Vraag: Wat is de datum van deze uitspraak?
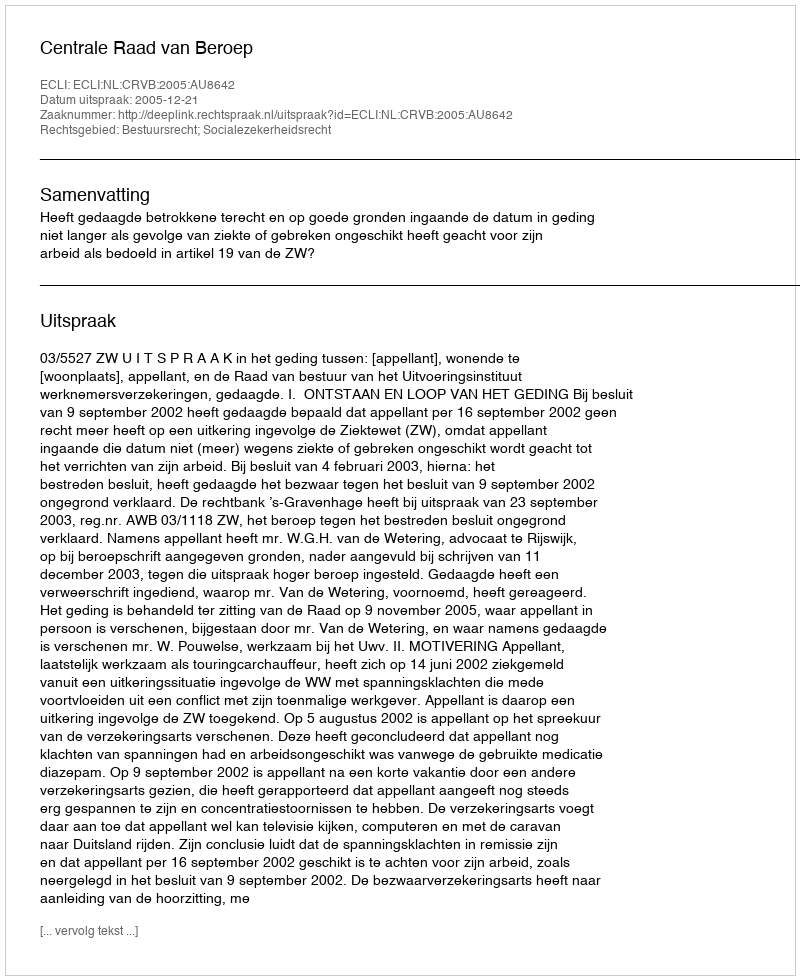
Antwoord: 2005-12-21